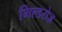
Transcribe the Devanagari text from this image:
गिल्डरोज़